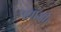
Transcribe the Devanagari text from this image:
एमजी।